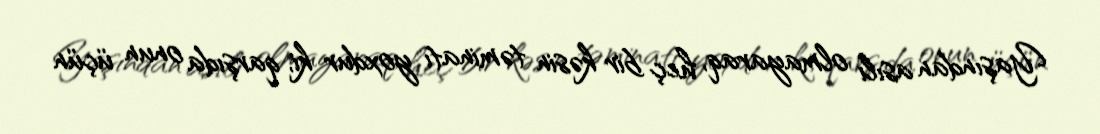
Yaşından asılı olmayaraq, heç bir kəsin təminatı yoxdur ki, qarşıda onun üçün